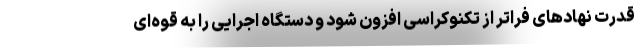
قدرت نهادهای فراتر از تکنوکراسی افزون شود و دستگاه اجرایی را به قوه‌ای